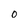
Character: O